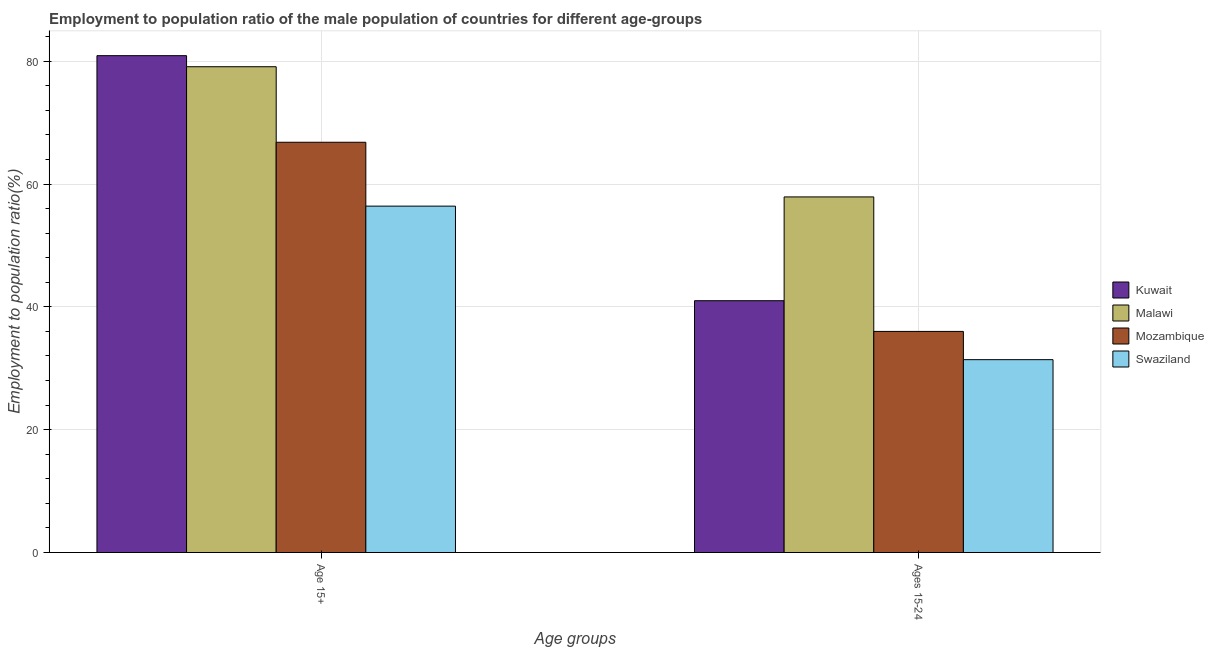
| Age groups | Kuwait | Malawi | Mozambique | Swaziland |
 | --- | --- | --- | --- | --- |
 | Age 15+ | 80.9 | 79.1 | 66.8 | 56.4 |
 | Ages 15-24 | 41 | 57.9 | 36 | 31.4 |